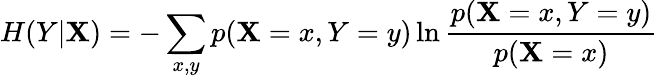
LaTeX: H(Y|\mathbf{X})=-\sum_{x,y}p(\mathbf{X}=x,Y=y)\ln\frac{{p(\mathbf{X}=x,Y=y)}}{{p(\mathbf{X}=x)}}